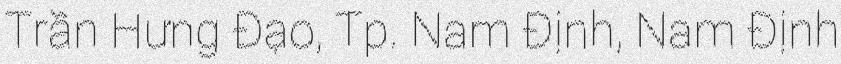
Trần Hưng Đạo, Tp. Nam Định, Nam Định